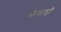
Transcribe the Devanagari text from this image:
फेफडो़